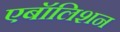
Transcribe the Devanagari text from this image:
एबॉलिशन